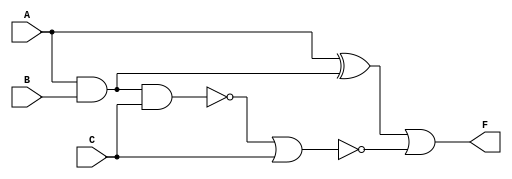
`timescale 1ns / 1ps


module devre(
    input A, B, C,
    output F
    );
    
    wire AandB, Cand1;
    wire w1, nA;
    
    not (nA, A);
    or (w1, A, nA);
    
    and (AandB, A, B);
    and (Cand1, C, w1);
    
    wire RnandG, AxorR, BnorG;
    
    xor (AxorR, A, AandB);
    nand (RnandG, AandB, Cand1);
    nor (BnorG, RnandG, Cand1);
    
    or (F, AxorR, BnorG);
    
endmodule